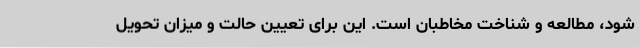
شود، مطالعه و شناخت مخاطبان است. این برای تعیین حالت و میزان تحویل